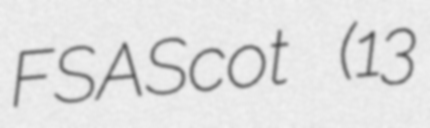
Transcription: FSAScot (13